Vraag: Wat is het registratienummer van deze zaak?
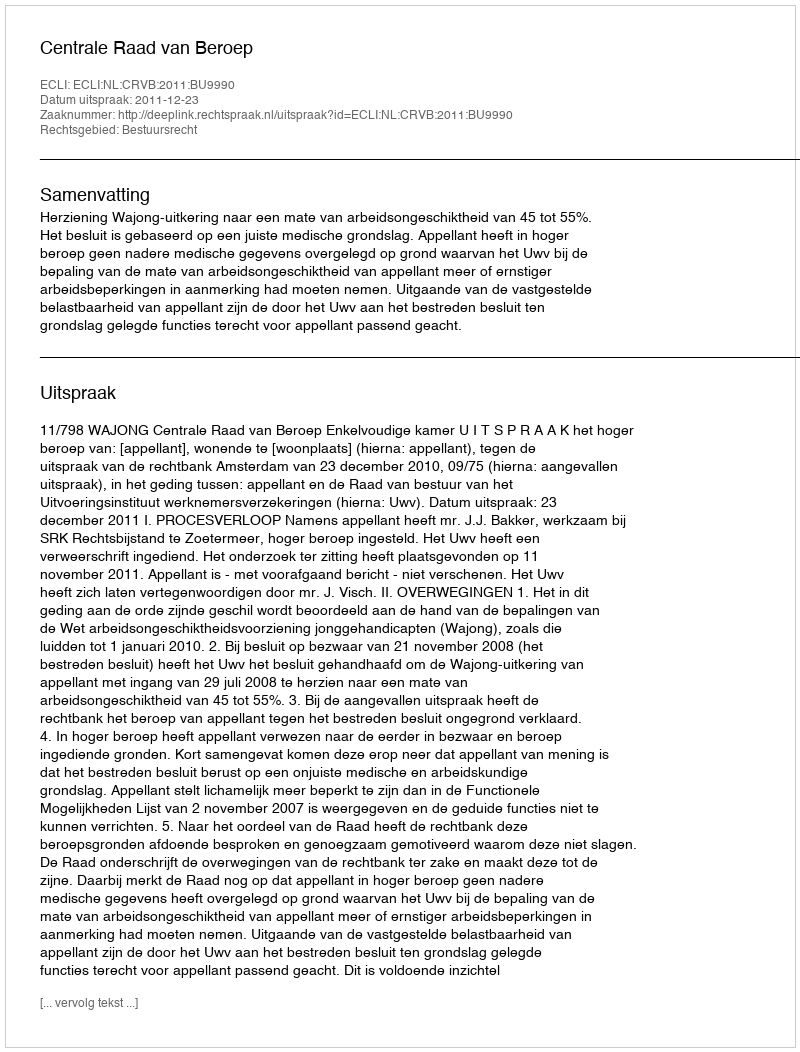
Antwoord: http://deeplink.rechtspraak.nl/uitspraak?id=ECLI:NL:CRVB:2011:BU9990